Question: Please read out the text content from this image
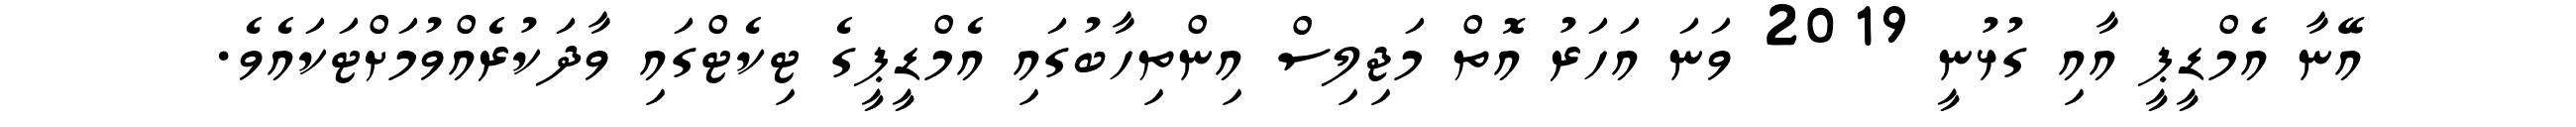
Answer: އޭނާ އެމްޑީޕީ އާއި ގުޅުނީ 2019 ވަނަ އަހަރު އޮތް މަޖިލިސް އިންތިހާބުގައި އެމްޑީޕީގެ ޓިކެޓްގައި ވާދަކުރެއްވުމަށްޓަކައެވެ.